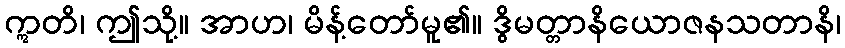
ဣတိ၊ ဤသို့။ အာဟ၊ မိန့်တော်မူ၏။ ဒွိမတ္တာနိယောဇနသတာနိ၊